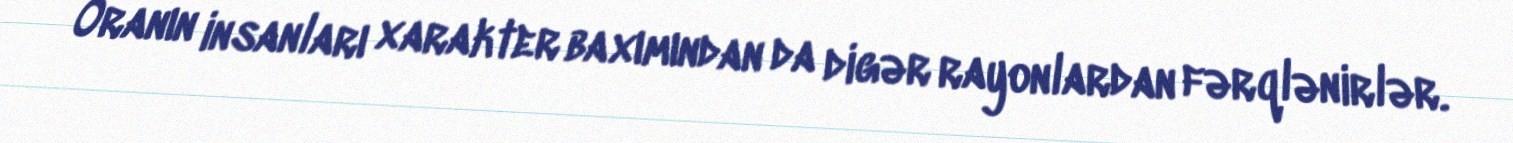
Oranın insanları xarakter baxımından da digər rayonlardan fərqlənirlər.